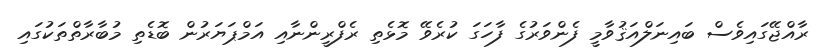
ރާއްޖޭގައިވެސް ބައިނަލްއަޤުވާމީ ފެންވަރުގެ ފާހަގަ ކުރެވޭ މޮޅެތި ރެފްރީންނާއި އަމްޕަޔަރުން ބޮޑެތި މުބާރާތްތަކުގައި